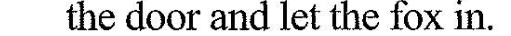
the door and let the fox in.